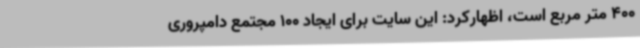
400 متر مربع است، اظهارکرد: این سایت برای ایجاد 100 مجتمع دامپروری